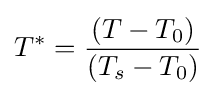
T^{*}={\frac {(T-T_{0})}{(T_{s}-T_{0})}}